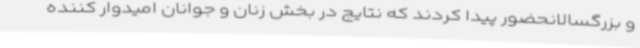
و بزرگسالانحضور پیدا کردند که نتایج در بخش زنان و جوانان امیدوار کننده